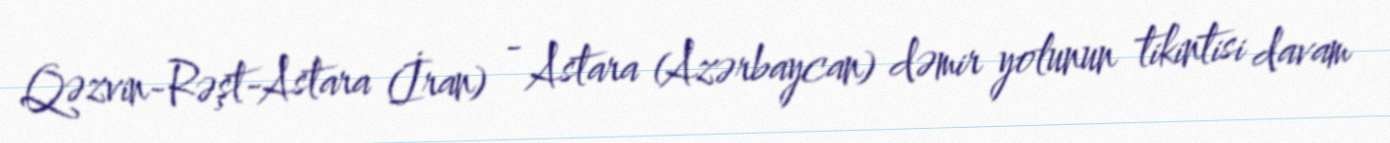
Qəzvin-Rəşt-Astara (İran) - Astara (Azərbaycan) dəmir yolunun tikintisi davam